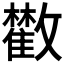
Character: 𩀼